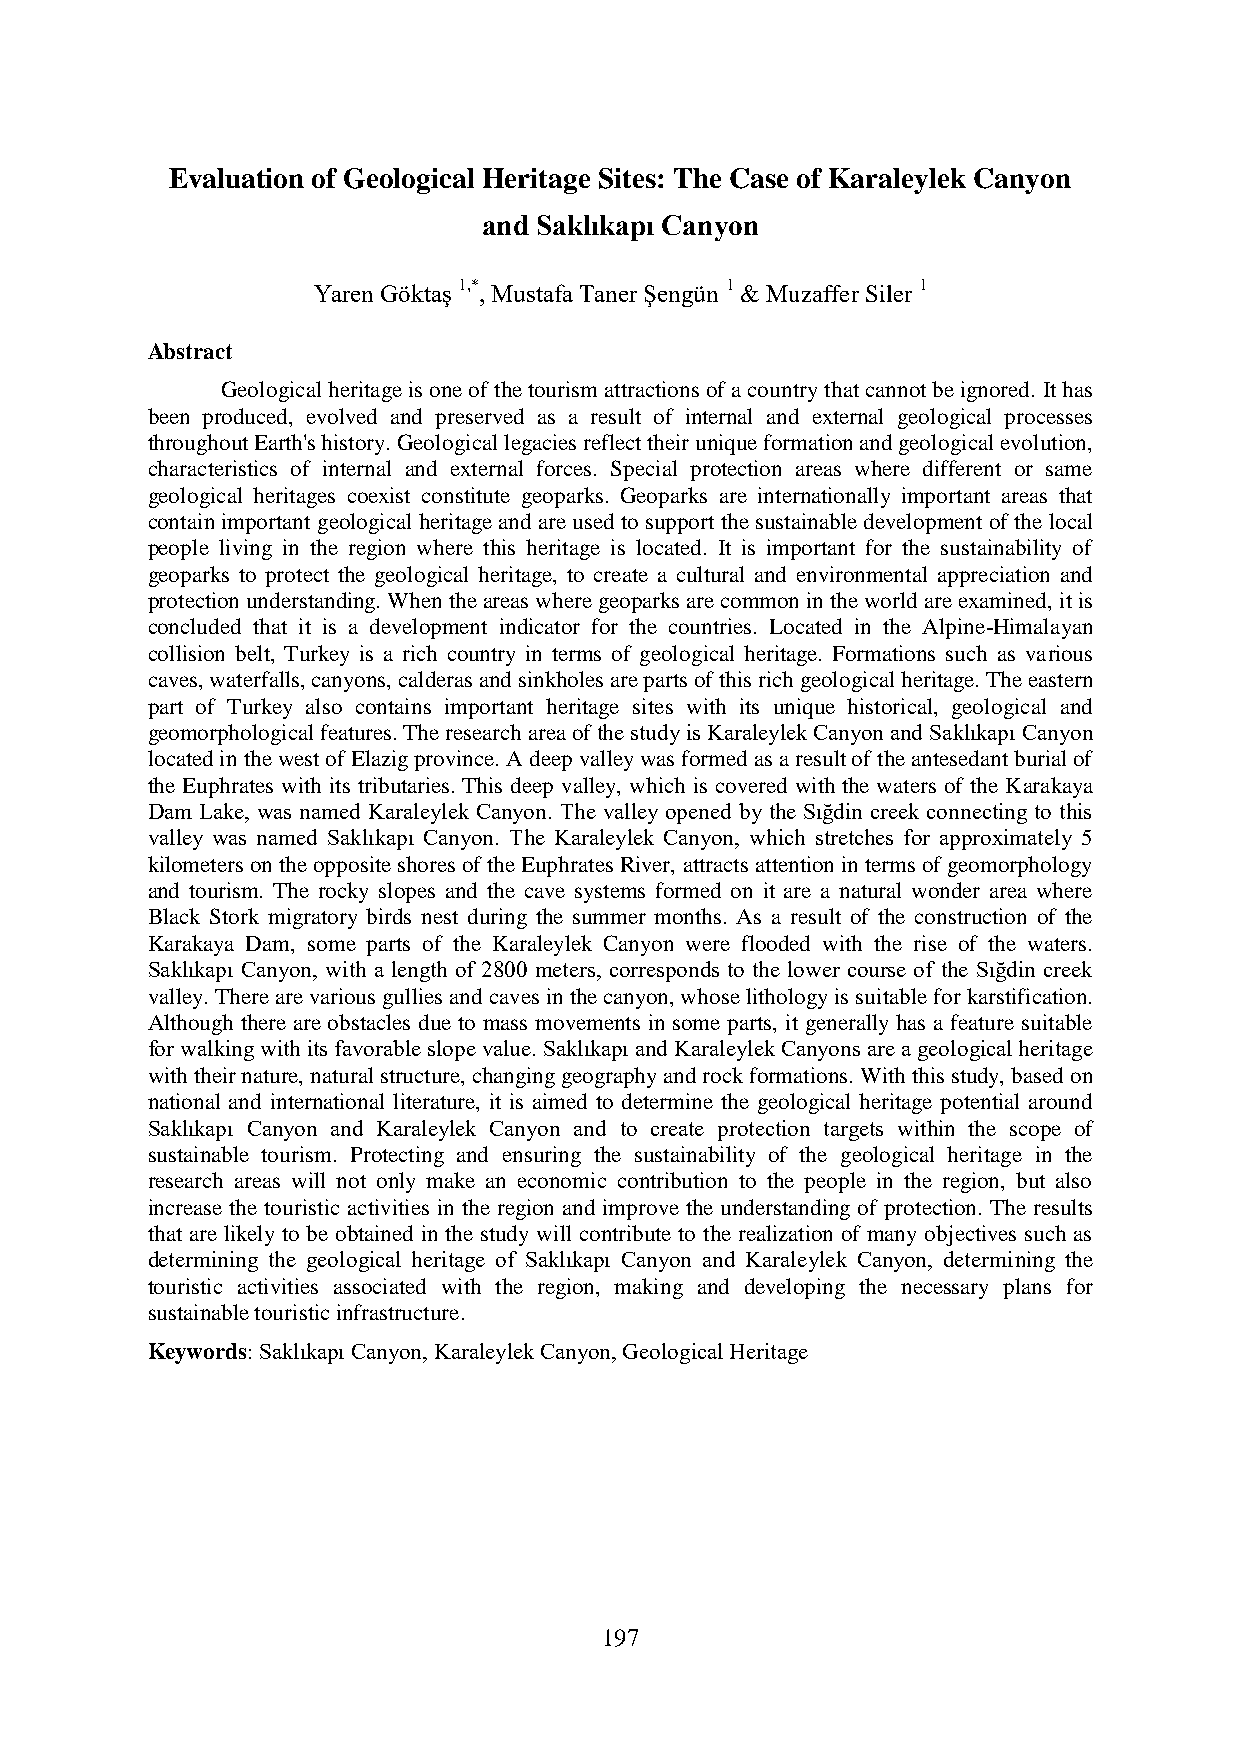
Evaluation of Geological Heritage Sites: The Case of Karaleylek Canyon
 and Saklıkapı Canyon
 Yaren Göktaş 1,*, Mustafa Taner Şengün 1 & Muzaffer Siler 1
 Abstract
 Geological heritage is one of the tourism attractions of a country that cannot be ignored. It has
 been produced, evolved and preserved as a result of internal and external geological processes
 throughout Earth's history. Geological legacies reflect their unique formation and geological evolution,
 characteristics of internal and external forces. Special protection areas where different or same
 geological heritages coexist constitute geoparks. Geoparks are internationally important areas that
 contain important geological heritage and are used to support the sustainable development of the local
 people living in the region where this heritage is located. It is important for the sustainability of
 geoparks to protect the geological heritage, to create a cultural and environmental appreciation and
 protection understanding. When the areas where geoparks are common in the world are examined, it is
 concluded that it is a development indicator for the countries. Located in the Alpine-Himalayan
 collision belt, Turkey is a rich country in terms of geological heritage. Formations such as various
 caves, waterfalls, canyons, calderas and sinkholes are parts of this rich geological heritage. The eastern
 part of Turkey also contains important heritage sites with its unique historical, geological and
 geomorphological features. The research area of the study is Karaleylek Canyon and Saklıkapı Canyon
 located in the west of Elazig province. A deep valley was formed as a result of the antesedant burial of
 the Euphrates with its tributaries. This deep valley, which is covered with the waters of the Karakaya
 Dam Lake, was named Karaleylek Canyon. The valley opened by the Sığdin creek connecting to this
 valley was named Saklıkapı Canyon. The Karaleylek Canyon, which stretches for approximately 5
 kilometers on the opposite shores of the Euphrates River, attracts attention in terms of geomorphology
 and tourism. The rocky slopes and the cave systems formed on it are a natural wonder area where
 Black Stork migratory birds nest during the summer months. As a result of the construction of the
 Karakaya Dam, some parts of the Karaleylek Canyon were flooded with the rise of the waters.
 Saklıkapı Canyon, with a length of 2800 meters, corresponds to the lower course of the Sığdin creek
 valley. There are various gullies and caves in the canyon, whose lithology is suitable for karstification.
 Although there are obstacles due to mass movements in some parts, it generally has a feature suitable
 for walking with its favorable slope value. Saklıkapı and Karaleylek Canyons are a geological heritage
 with their nature, natural structure, changing geography and rock formations. With this study, based on
 national and international literature, it is aimed to determine the geological heritage potential around
 Saklıkapı Canyon and Karaleylek Canyon and to create protection targets within the scope of
 sustainable tourism. Protecting and ensuring the sustainability of the geological heritage in the
 research areas will not only make an economic contribution to the people in the region, but also
 increase the touristic activities in the region and improve the understanding of protection. The results
 that are likely to be obtained in the study will contribute to the realization of many objectives such as
 determining the geological heritage of Saklıkapı Canyon and Karaleylek Canyon, determining the
 touristic activities associated with the region, making and developing the necessary plans for
 sustainable touristic infrastructure.
 Keywords: Saklıkapı Canyon, Karaleylek Canyon, Geological Heritage
 197